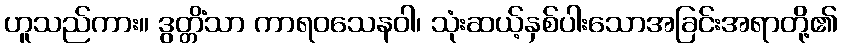
ဟူသည်ကား။ ဒွတ္တိံသာ ကာရဝသေနဝါ၊ သုံးဆယ့်နှစ်ပါးသောအခြင်းအရာတို့၏